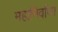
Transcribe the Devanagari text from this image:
महानिर्वाणा